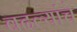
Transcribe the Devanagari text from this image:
बदल्यांचे